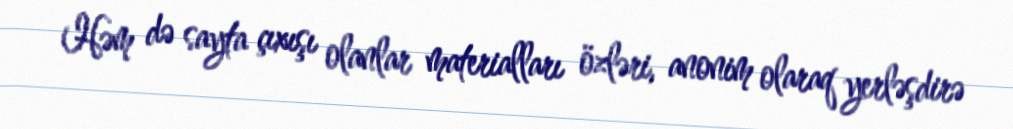
Həm də sayta çıxışı olanlar materialları özləri, anonim olaraq yerləşdirə